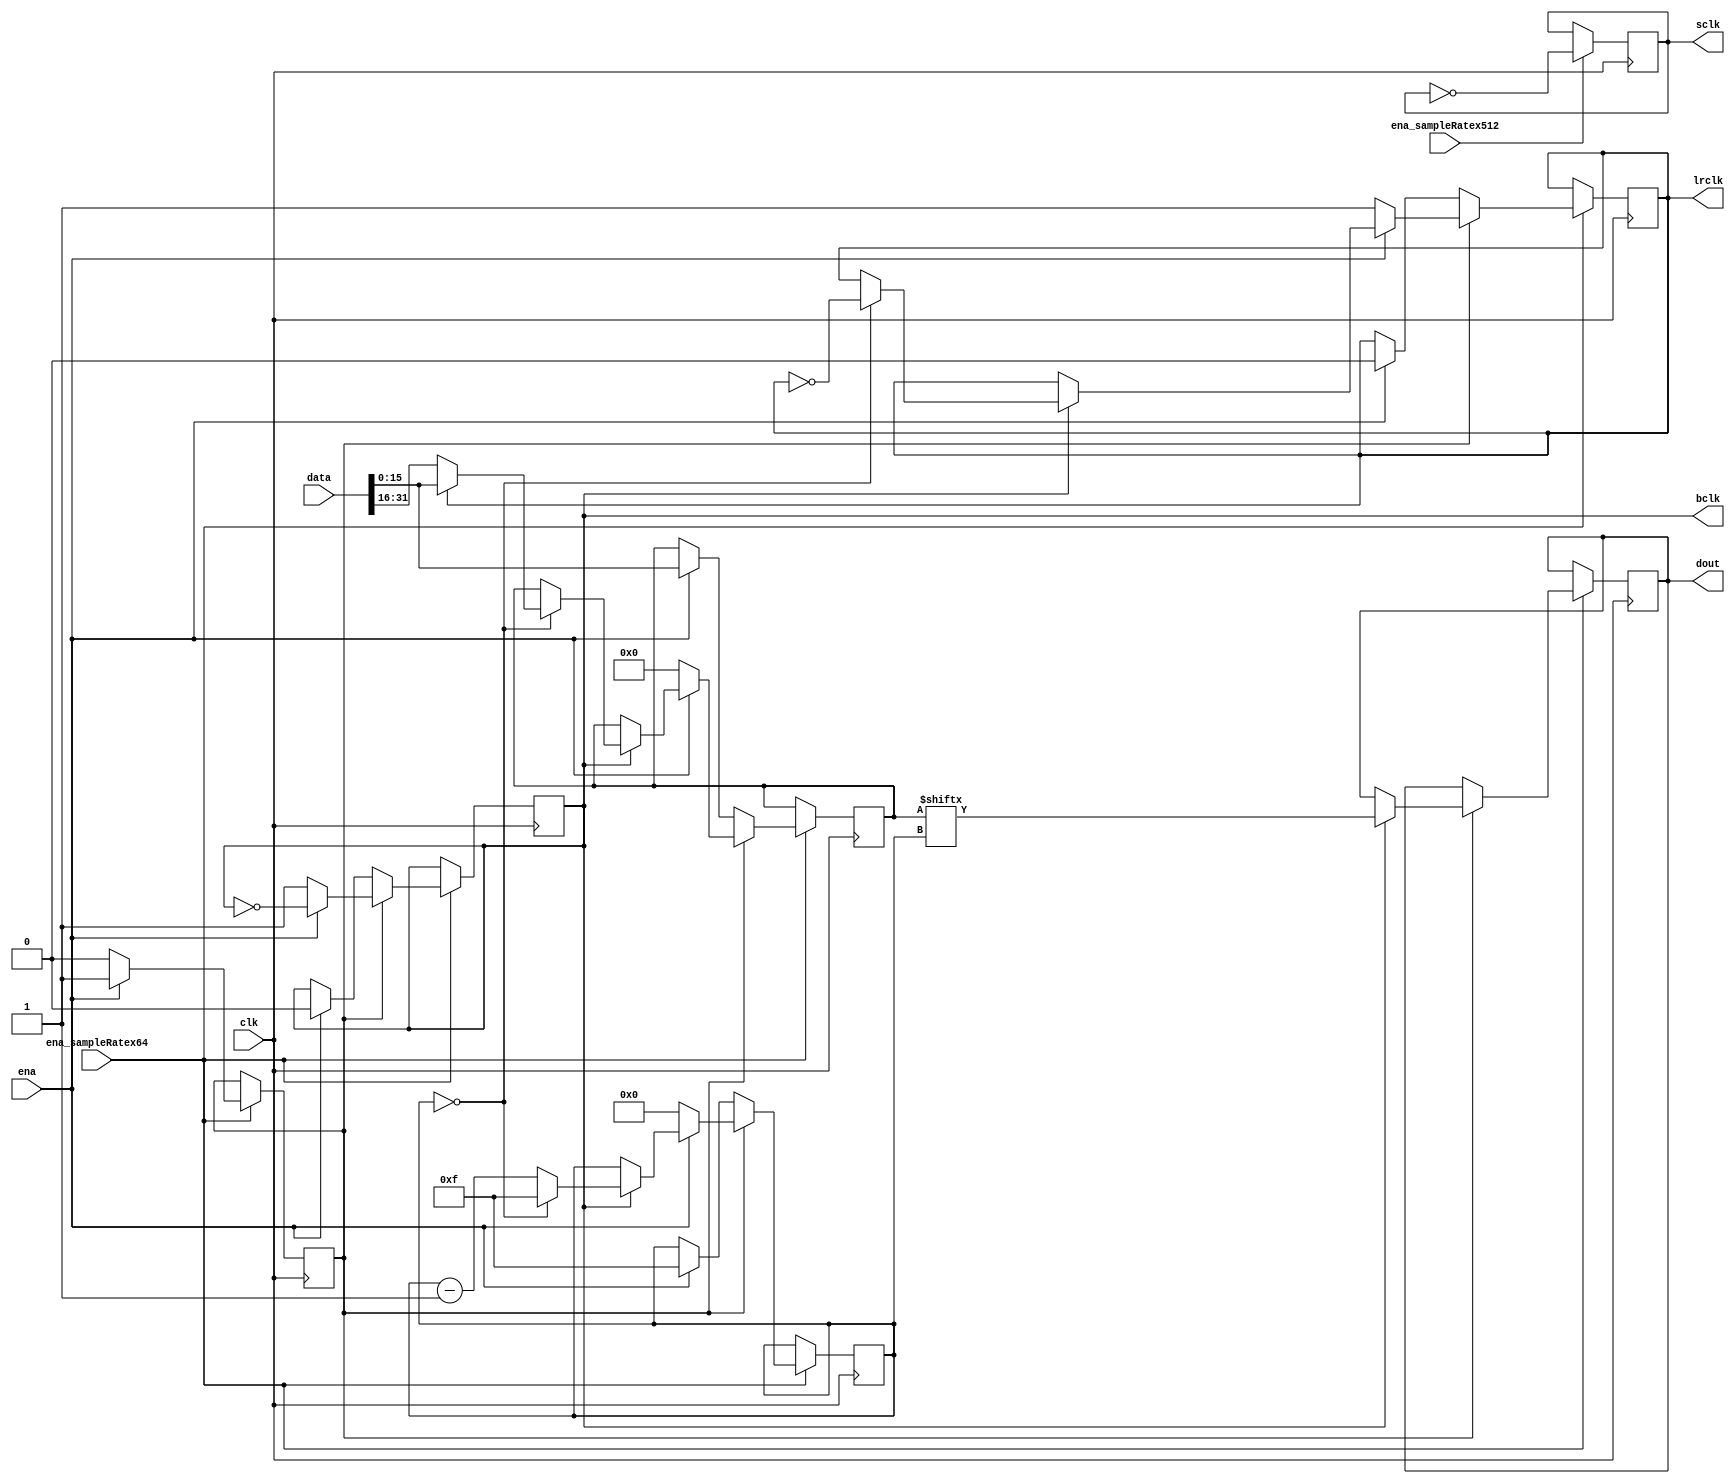
`timescale 1ns / 1ps
//////////////////////////////////////////////////////////////////////////////////
// Company: 
// Engineer: 
// 
// Design Name: 
// Module Name: i2s_encoder
// Project Name: 
// Target Devices: 
// Tool Versions: 
// Description: 
// 
// Dependencies: 
// 
// Revision:
// Revision 0.01 - File Created
// Additional Comments:
// 
//////////////////////////////////////////////////////////////////////////////////


module i2s_encoder(
input clk,
input ena_sampleRatex64,
input ena_sampleRatex512,
input ena,
input [31:0] data,
output reg bclk = 0,
output reg sclk = 0,
output reg lrclk = 0,
output reg dout
    );
    
    reg [3:0] bitCnt = 15;
    reg [15:0] data_reg;
    reg working = 0;
    
    always @ (posedge clk) begin
        if (ena_sampleRatex512)
            sclk <= ~sclk;
        
        if (ena_sampleRatex64) begin
            if (~working) begin
                if (ena) begin
                    bitCnt <= 15;
                    working <= 1'b1;
                    bclk <= 0;
                    lrclk <= 0;
                    data_reg <= data[15:0];
                end
            end
            else begin
                bclk <= ~bclk;
                if (bclk) begin
                    bitCnt <= bitCnt == 0 ? 4'b1111 :bitCnt - 4'b1;
                    lrclk <= bitCnt == 0 ? ~lrclk : lrclk;
                    if (bitCnt == 0)
                        data_reg <= lrclk ? data[15:0] : data[31:16];
                    dout <= data_reg[bitCnt];
                end
                
                if (~ena) begin
                    working <= 0;
                    bitCnt <= 0;
                    bclk <= 1'b1;
                    lrclk <= 1'b1;
                    data_reg <= 0;
                end
            end
        end
    end
    
endmodule